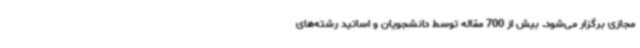
مجازی برگزار می‌شود. بیش از 700 مقاله توسط دانشجویان و اساتید رشته‌های